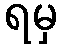
ရမှ